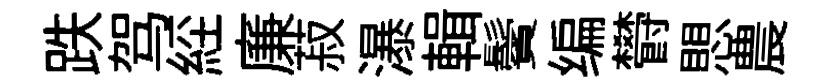
跌驾𦀇廉菽瀑輯鬢编欎愳農